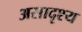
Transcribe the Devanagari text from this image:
असादृश्य